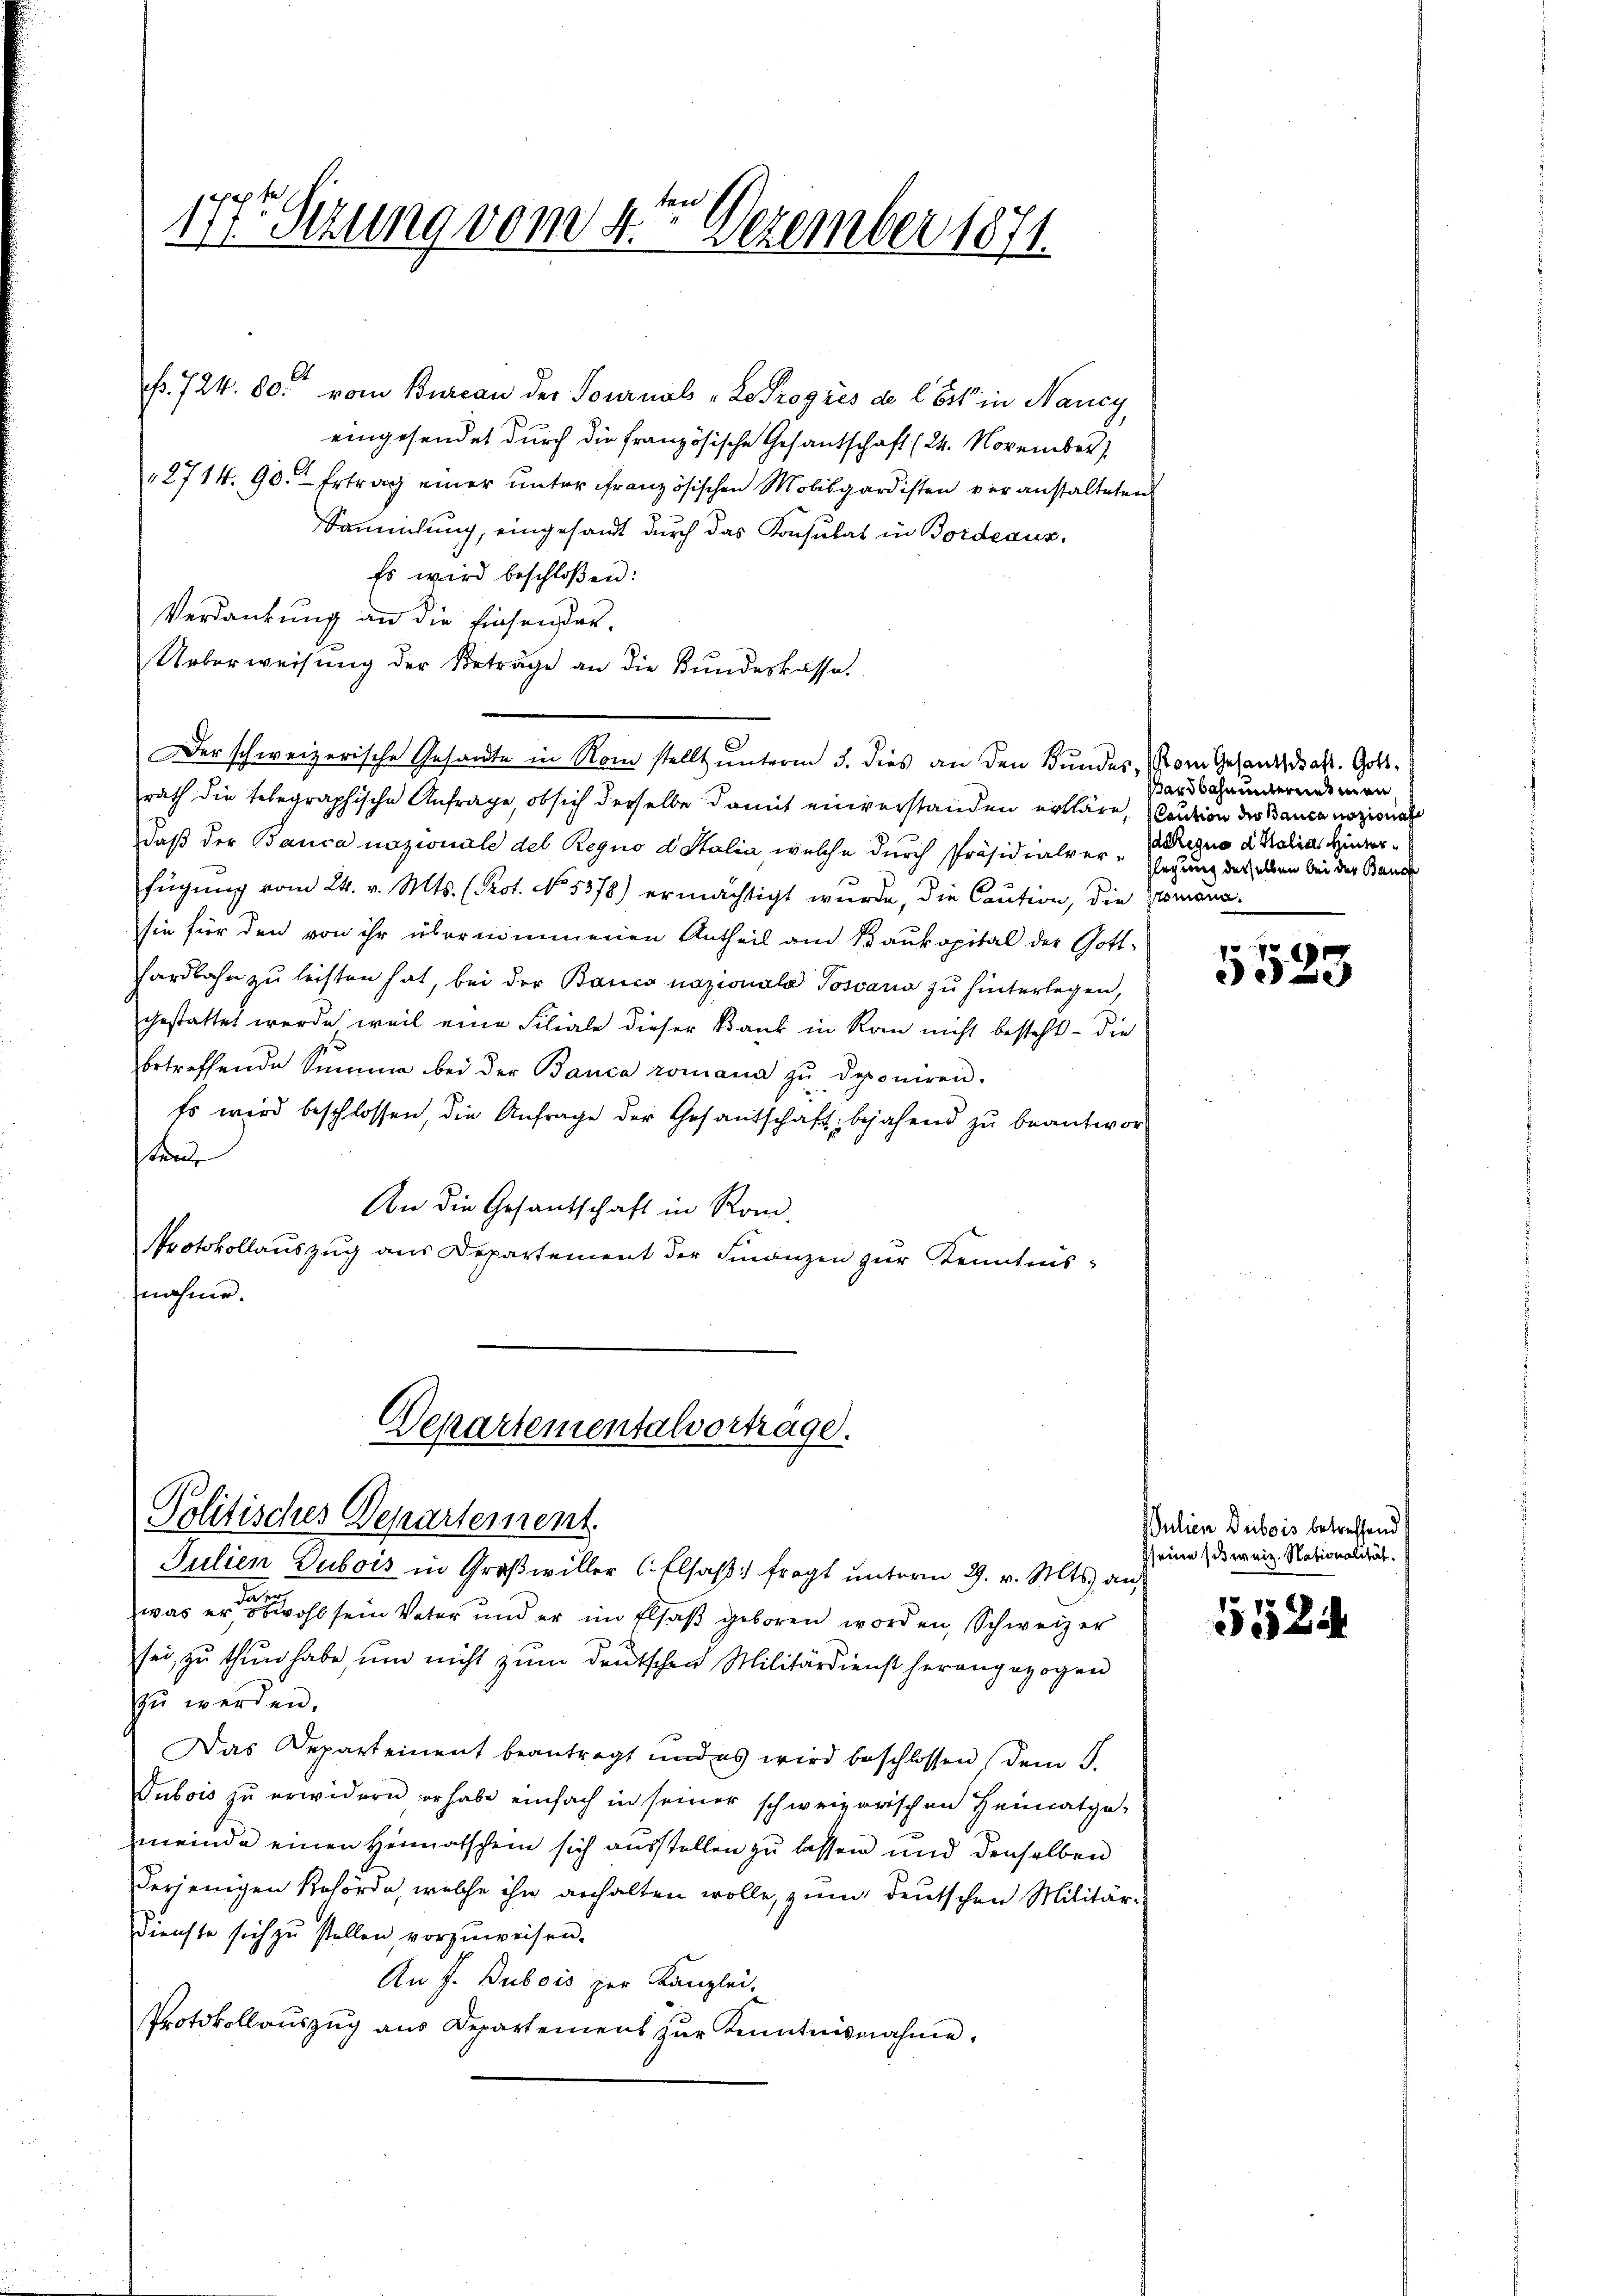
irte Sitzung vom 4ten Dezember 1871.

6
p. 724. 80. vom Bureau der Tournals „Le Progres de löst in Nancy,
eingesendet durch die französische Gesantschaft (24. November)
2714. 90. Ertrag einer unter französischen Mobisgardisten veranstalteten
Sammlung, eingesandt durch das Konsulat in Bordeaus.
Es wird beschloßen:
Verdankung an die Einsender¬
Ueberweisŭng der Beträge an die Bŭndeskasse.
Der schweizerische Gesandte in Rom stellt unterm 5. dies an den Bundes, vom Gesandt dass Gottrath die telegraphische Anfrage, ob sich derselbe damit einverstanden erkläre, Caution der Banca nozisnah
daß der Banca nazionale des Regno d Stalia, welche durch Präsidialver-Gegung des selben bei der Band
fügung vom 24. v. Mts. (Prot. No. 5378) ermächtigt wurde, die Caution, die Komana-
sie für den von ihr übernommenen Antheil am Baukapital der Gott¬
Fardbahn zu leisten hat, bei der Banco nazionala Possario zu hinterlegen,
gestattet werde, weil eine Filiale dieser Bank in Ran nicht besteht – die
betreffende Summe bei der Banca romana zŭ deponiren.
Es wird beschlossen, die Anfrage der Gesantschaft bejahend zŭ beantwor-
Stande
An die Gesandschaft in Rom.
Protokollauszug aus Departement der Finanzen zur Kenntnisnahme.

Departementalvortrage.
Politisches Departement.

Julien Dubois in Großwiller C. Elsass fragt unterm 29. v. Mts. an
was er es wohl sein Vater und er im Elsaß geboren worden, Schweiz er
sei, zu thun habe, um nicht zum Deutschen Militärdienst herangezogen
zŭ werden.
Das Departement beantragt und es wird beschlossen, dem S.
Tubois zu erwidern erhabe einfach in seiner schweizerischen Heimatge-
meinde einen Heimatschein sich ausstellen zu lassen und denselben
derjenigen Behörde, welche ihn anhalten wolle, zum deutschen Militär¬
Dienste sich zŭ stellen vorzŭweisen.
An f. Dubois zur Kanzlei,
Protokollaŭszŭg aŭs Departemens zŭr Kenntnisnahme.

ardbahn unterend man
aequo d Italias Hinter¬

5523

Julien Dubois betreffend
seine sitweiz. Nationalität.

5524